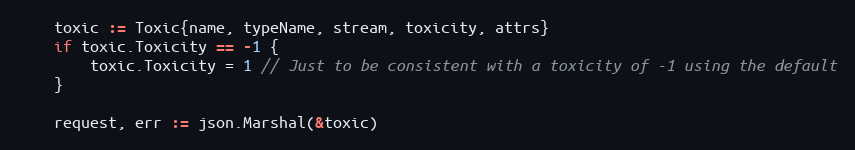
Language: Go
	toxic := Toxic{name, typeName, stream, toxicity, attrs}
	if toxic.Toxicity == -1 {
		toxic.Toxicity = 1 // Just to be consistent with a toxicity of -1 using the default
	}

	request, err := json.Marshal(&toxic)